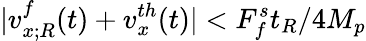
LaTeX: |v_{x;R}^{f}(t)+v_{x}^{th}(t)|<F_{f}^{s}t_{R}/4M_{p}